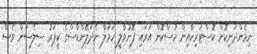
ނިމެންދަނިކޮށް ކޮސްޓަރިކާއިން ހުސްކޮށް އަރައި ފޮނުވާލީ ހަމަލާ ނެދަލޭންޑްސްގެ ކީޕަރު ސިލެސަން ވެސް